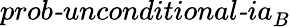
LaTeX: \textit{prob-unconditional-ia}_{B}